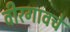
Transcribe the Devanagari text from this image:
वीरगावचे